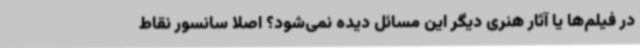
در فیلم‌ها یا آثار هنری دیگر این مسائل دیده نمی‌شود؟ اصلا سانسور نقاط